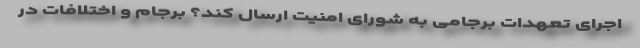
اجرای تعهدات برجامی به شورای امنیت ارسال کند؟ برجام و اختلافات در